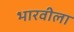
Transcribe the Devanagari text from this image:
भारवीला